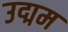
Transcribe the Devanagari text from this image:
उद्मम